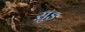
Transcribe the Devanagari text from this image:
सु़ड